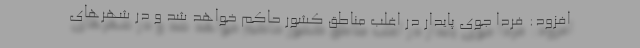
افزود: فردا جوی پایدار در اغلب مناطق کشور حاکم خواهد شد و در شهر‌های